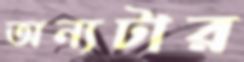
অন্যটার